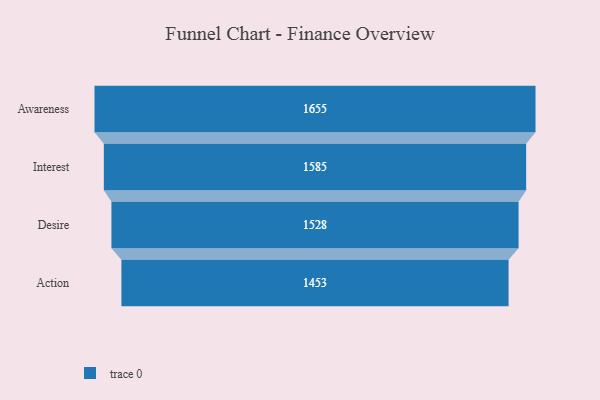
{"axis": {"x": "Stage", "y": "Value"}, "legend": [""], "data": [{"x": "Awareness", "y": 1655.0, "type": ""}, {"x": "Interest", "y": 1585.0, "type": ""}, {"x": "Desire", "y": 1528.0, "type": ""}, {"x": "Action", "y": 1453.0, "type": ""}]}